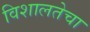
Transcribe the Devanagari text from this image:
विशालतेचा